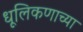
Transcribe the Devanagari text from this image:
धूलिकणाच्या